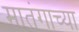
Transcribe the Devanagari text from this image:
मातंगाच्या